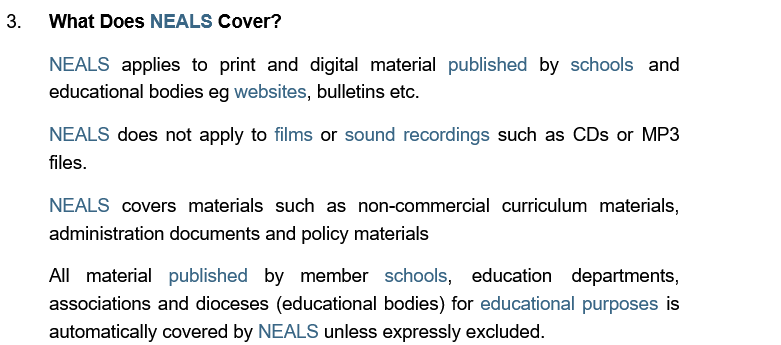
What Does NEALS Cover?
     NEALS  applies to print and digital material published by schools and
     educational bodies eg websites, bulletins etc.
     NEALS does not apply to films or sound recordings such as CDs or MP3
     files.
     NEALS  covers materials such as non-commercial curriculum materials,
     administration documents and policy materials
     All material published by member   schools, education  departments,
     associations and dioceses (educational bodies) for educational purposes is
     automatically covered by NEALS unless expressly excluded.